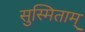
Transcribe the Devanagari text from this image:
सुस्मिताम्